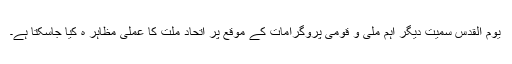
یوم القدس سمیت دیگر اہم ملی و قومی پروگرامات کے موقع پر اتحاد ملت کا عملی مظاہر ہ کیا جاسکتا ہے۔